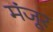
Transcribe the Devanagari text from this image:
मंंजूर